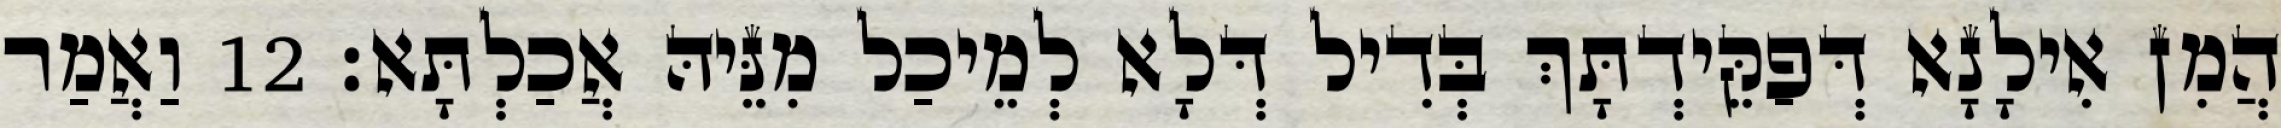
הֲמִן אִילָנָא דְּפַקֵּידְתָּךְ בְּדִיל דְּלָא לְמֵיכַל מִנֵּיהּ אֲכַלְתָּא׃ 12 וַאֲמַר